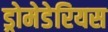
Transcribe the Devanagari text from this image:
ड्रोमेडेरियस